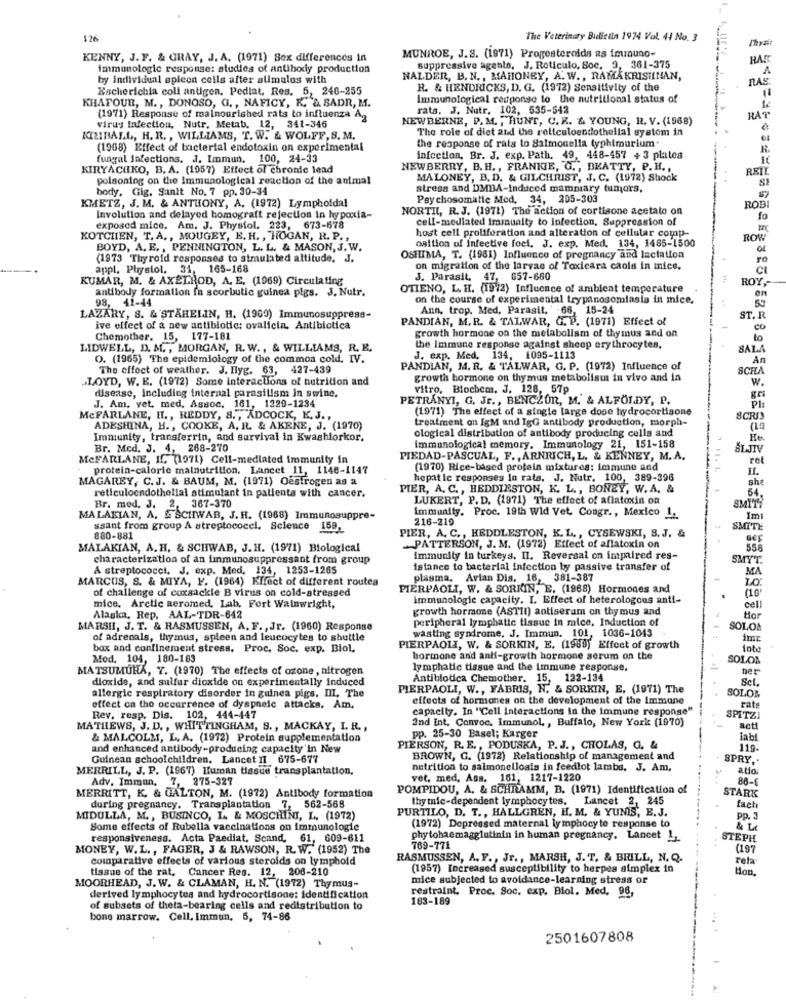
126
The Veterinary Bulletla 1974 Vol. 44 No. 3
Thy
KENNY, J. F. & GRAY, J. A. (1971) Sex differences In
MUNROE, J.S. (1971) Progesteroids as immuno-
RAS
immunologic response: studies of antibody production
suppressive agents, J. Reticulo, Soc. 2, 361-375
1
by individual spleen cells after alimalos with
NALDER, B. N ., MAHONEY, A. W ., RAMAKRISHNAN,
RAS
Escherichia coli antigen, Pediat, Res. 5, 246-255
R. & HENDRICKS, D. G. (1972) Sensitivity of the
KHAFOUR, M ., DONOSO, G. , NAFICY, K. & SADR, M.
Immunological response to the nutritional status of
rats. J. Nutr. 102, 535-542
(1971) Response of malnourished rats to influenza A3
NEWBERNE, P. M. , HUNT, C. R. & YOUNG, I. V. (1968)
RAT
Virus Infection, Nutr, Metab. 12, 341-346
The role of diet and the reticuloendothelial system in
KIZIBALL, H. R. , WILLIAMS, T. W. & WOLFF, S. M.
the response of rats to Salmonella typhimurium"
(1968) Effect of bacterial endotoxin on experimental
R
fungal infections. J. Immun. 100, 24-33
Infection, Br. J. exp. Path. 49, 448-457 + 3 platea
KIRYACHKO, B. A. (1057) Effect of chronic lead
NEWBERRY, B.H ., FRANKIE, G ., BEATTY, P. H .,
RET
poisoning on the Immunological reaction of the animal
MALONEY, B. D. & GILCHRIST, J. C. (1972) Shock
body. Gig. Sanit No. 7 pp. 30-34
stress and DMBA-Induced mammary tumors,
KMETZ, J. M. & ANTHONY, A. (1972) Lympholdal
Psychosomatic Med. 34, 205-303
NORTHL, R. J. (1971) The action of cortisone acetate on
ROB
Involution and delayed homograft rejection in hypoxia-
cell-mediated immunity to infection, Suppression of
fo
exposed mice. Am. J. Physiol. 223, 673-678
host cell proliferation and alteration of cellular comp-
KOTCHIEN, T.A ., MOUGEY, E. H ., HOGAN, R. P. ,
osition of infective foci. J. exp. Med. 134, 1485-1500
ROW
BOYD, A. E ., PENNINGTON, L. L. & MASON, J. W.
(1973 Thyroid responses to simulated altitude, J.
OSHIMA, T. (1981) Influence of pregnancy and lactation
ro
appl. Phystol, 31. 165-168
on migration of the larvae of Toxicara caols in mice.
KUMAR, M. & AXELROD, A. E. (1969) Circulating
J. Parasit, 47, 657-660
ROY,
antibody formation fa scorbutic guinea pigs. J. Nutr.
OTIENO, L. H. (19/2) Influence of ambient temperature
98, 41-44
on the course of experimental trypanosomiasis in mice.
en
Ann, trop. Med, Parasit. ' -66, 15-24
LAZARY, S. & STÄHELIN, H. (1969) Immunosuppress-
PANDIAN, M.R. & TALWAR, G. P. (1971) Effect of
ST. R.
ive effect of a new antibiotic: ovalicin. Antibiotica
growth hormone on the metabolism of thymus and on
CO
Chemother. 15, 177-181
10
LIDWELL, D. M ., MORGAN, R. W ., & WILLIAMS, R. E.
the Immune response against sheep erythrocytes.
SALA
O. (1965) The epidemiology of the common cold. IV.
J. exp. Med, 134, 1095-1113
An
The effect of weather. J. Ilyg. 63, 427-439
PANDIAN, M. R. & TALWAR, G. P. (1972) Influence of
SCHA
LOYD, W. E. (1972) Some Interactions of nutrition and
growth hormone on thymus metabolism in vivo and in
W.
disease, including internal parasitism in swine.
vitro, Biochem, J, 128, 57p
PETRÁNYI, G. Jr ., BENCZOR, M. & ALFÖLDY, P.
Pl:
J. Am, vet, med, Assoc. 161, 1229-1234
(1971) The effect of a single large dose hydrocortisone
MCFARLANE, H ., REDDY, 8 ., ADCOCK, K. J .,
treatment on IgM and IgG antibody production, morph-
8CRIS
ADESHINA, H ., COOKE, A. R. & AKENE, J. (1970)
ological distribution of antibody producing cells and
Immunity, transferrin, and survival in Kwashiorkor.
Br. Med. J. 4, 268-270
immunological memory, Immunology 21, 151-158
MCFARLANE, I. (1971) Cell-mediated immunity in
PIEDAD-PASCUAL, F. , ARNRICH, L. & KENNEY, M.A.
ret
protein-calorie malnutrition. Lancet 11, 1146-1147
(1970) Rice-based protein mixtures: immune and
IL.
MAGAREY, C.J. & BAUM, M. (1971) Oestrogen as a
hepatic responses in rats. J. Nutr. 100, 389-398
she
reticuloendothelial stimulant in patients with cancer.
PIER, A. C ., HEDDIESTON, K. L ., BONEY, W.A. &
54.
LUKERT, P. D. (1971) The effect of aflatoxin on
Br. med. J. 2. 367-370
MALAKIAN, A. & SCHWAB, J. H. (1968) Immunosuppre-
immunity. Proc. 19th Wid Vet. Congr ., Mexico 1.
216-219
ssant from group A streptococc !. Science 159-
SMITE
880-881
PIER, A. C ., HEDDLESTON, K. L ., CYSEWSKI, S. J. &
MALAKIAN, A. H. & SCHWAB, J.H. (1971) Biological
PATTERSON, J. M. (1972) Effect of aflatoxin on
558
characterization of an inmunosuppressant from group
immunity in turkeys. Il. Reversal on impaired res-
SMYT.
A streptococci, J. exp. Med. 134, 1253-1265
istance to bacterial infection by passive transfer of
MA
MARCUS, S. & MIYA, F. (1964) Kffect of different routea
plasma, Avian Dis, 16, 381-387
of challenge of coxsackie B virus on cold-stressed
PIERPAOLI, W. & SORKIN, E. (1968) Hormones and
(10"
immunologie capacity. I. Effect of heterologous anti-
cell
mice. Arctic aeromed. Lab, Fort Wainwright,
growth hormone (ASTII) antiseram on thymus and
Alaska, Rep, AAL-TDR-642
peripheral lymphatic tissue in mice, Induction of
tor
MARSH, J. T. & RASMUSSEN, A. F. , Jr. (1960) Response
wasting syndrome, J. Immun. 101, 1036-1043
SOLOA
of adrenals, thymus, spleen and leucocytes to shuttle
bax and confinement stress. Proc. Soc. exp. Biol.
PIERPAOLI, W. & SORKIN, E. (1969) Effect of growth
Into
Mod. 104, 180-183
hormone and anti-growth hormone serum on the
SOLOS
MATSUMUHA, Y. (1970) The effects of ozone, nitrogen
lymphatic tissue and the immune response.
her
dioxide, and sulfur dioxide on experimentally Induced
Antibiotica Chemother. 15, 122-134
Sel.
allergic respiratory disorder in guinea pigs. III. The
PIERPAOLI, W ., FABRIS, N. & SORKIN, E. (1971) The
effects of hormones on the development of the Immune
SOLOM
effect on the occurrence of dyspnele attacks, Am.
capacity. In "Cell interactions in the immune response"
rats
Rev, resp, Dis. 102, 444-447
Ind Int. Convoc. Immunol ., Buffalo, New York (1970)
SPITZI
MATHEWS, J. D. , WHITTINGHAM, S ., MACKAY, I. R .,
acti
& MALCOLM, L. A. (1972) Protein supplementation
pp. 25-30 Basel; Karger
Jabl
and enhanced antibody-producing capacity'in New
PIERSON, R. E ., PODUSKA, P. J ., CHOLAS, G. &
119-
Guinean schoolchildren. Lancet II 675-677
BROWN, G. (1972) Relationship of management and
SPRY ,.
MERRILL, J. P. (1967) Human tissue transplantation,
nutrition to salmonellosis in feedlot lambs. J. Am,
atio.
Adv. Immun, 7, 275-327
vet, med, Ass. 161, 1217-1220
86-
POMPIDOU, A. & SCHRAMM, B. (1971) Identification of
STARK
MERRITT, K. & GALTON, M. (1972) Antibody formation
thy tnic-dependent lymphocytes. Lancet 2, 245
during pregnancy. Transplantation 7, 562-568
PURTILO, D. T ., HALLGREN, H. M. & YUMIS, E.J.
fach
MIDULLA, M ., BUSINCO, L. & MOSCHINI, L. (1972)
Pp. 3
Some effects of Rubella vaccinations on immunologie
(1972) Depressed maternal lymphocyte response to
responsiveness. Acta Paediat, Scand, 61, 609-611
phytohaemagglutinin in human pregnancy. Lancet !,
STEPH
MONEY, W.L ., FAGER, J & RAWSON, R. W. (1952) The
769-771
(197
comparative effects of various steroids on lymphoid
RASMUSSEN, A. F ., Jr ., MARSH, J. T. & BIUILL, N. Q.
reta
tissue of the rat, Cancer Res. 12, 206-210
(1957) Increased susceptibility to herpes simplex in
Hon
mice subjected to avoidance-learning stress or
MOORHEAD, J. W. & CLAMAN, H. N. (1972) Thymus-
derived lymphocytes and hydrocortisone: Identification
restraint. Proc. Soc. exp. Biol. Med. 96,
183-189
of subsets of theta-bearing cells and redistribution to
bone marrow. Cell. Immun, 5, 74-86
2501607808